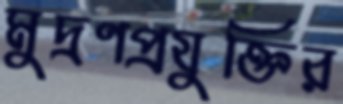
মুদ্রণপ্রযুক্তির